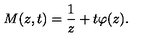
M ( z , t ) = \frac { 1 } { z } + t \varphi ( z ) .